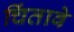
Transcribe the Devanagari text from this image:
चिंतावे